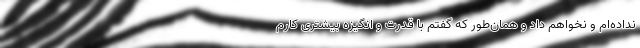
نداده‌ام و نخواهم داد و همان‌طور که گفتم با قدرت و انگیزه بیشتری کارم